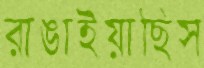
রাঙাইয়াছিস